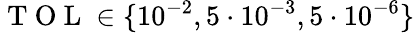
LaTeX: \mathrm{~T~O~L~}\in\lbrace 10^{-2},5\cdot 10^{-3},5\cdot 10^{-6}\rbrace